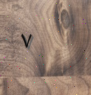
٧